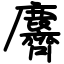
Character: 麡